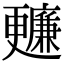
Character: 𣍙